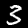
Digit: 3